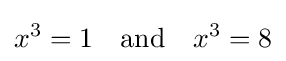
x^{3}=1\quad {\text{and}}\quad x^{3}=8